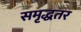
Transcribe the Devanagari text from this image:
समृद्धतर